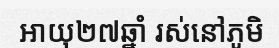
អាយុ២៧ឆ្នាំ រស់នៅភូមិ